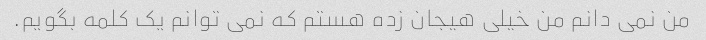
من نمی دانم من خیلی هیجان زده هستم که نمی توانم یک کلمه بگویم.